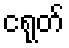
ငရုတ်